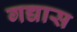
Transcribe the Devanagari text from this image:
गद्यास